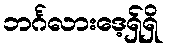
ဘင်္ဂလားဒေ့ရှ်ရှိ